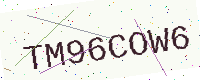
Text: TM96COW6